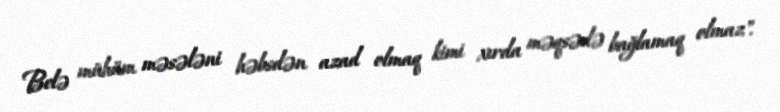
Belə mühüm məsələni həbsdən azad olmaq kimi xırda məqsədə bağlamaq olmaz".